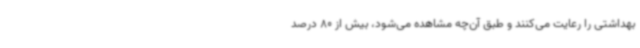
بهداشتی را رعایت می‌کنند و طبق آن‌چه مشاهده می‌شود، بیش از 80 درصد